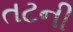
તટની